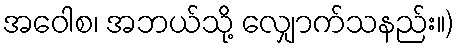
အဝေါစ၊ အဘယ်သို့ လျှောက်သနည်း။)